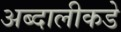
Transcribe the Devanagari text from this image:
अब्दालीकडे